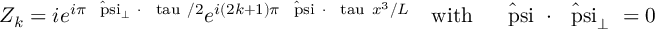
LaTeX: Z _ { k } = i e ^ { i \pi \mathrm { \boldmath ~ \hat { \scriptstyle \ p s i } \scriptstyle _ { \perp } ~ } \cdot \mathrm { \boldmath ~ \scriptstyle \ t a u ~ } / 2 } e ^ { i ( 2 k + 1 ) \pi \mathrm { \boldmath ~ \hat { \scriptstyle \ p s i } ~ } \cdot \mathrm { \boldmath ~ \scriptstyle \ t a u ~ } x ^ { 3 } / L } \quad \mathrm { w i t h } \quad \mathrm { \boldmath ~ \hat { \ p s i } ~ } \cdot \mathrm { \boldmath ~ \hat { \ p s i } _ { \perp } ~ } = 0